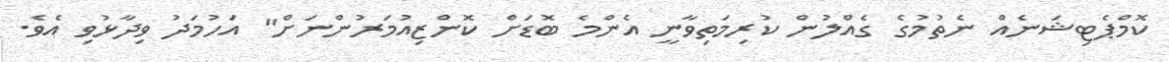
ކޮމްޕެޓިޝަނެއް ނެތުމުގެ ގެއްލުން ކުރިމަތިވާނީ އެންމެ ބޮޑަށް ކޮންޒިއުމަރުންނަށް" އަހުމަދު ވިދާޅުވި އެވެ.